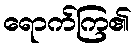
ရောက်ကြ၏